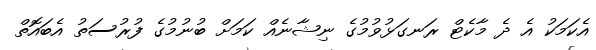
އެކަމަކު އެ ދެ މާކެޓް ރަނގަޅުވުމުގެ ނިޝާނެއް ކަމަށް ބުނުމުގެ ފުރުސަތު އެބައޮތް